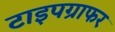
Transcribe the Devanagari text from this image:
टाइपग्राफर